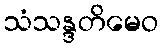
သံသန္ဒတိမေဝ